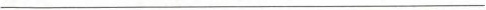
___